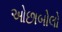
ઓછાબોલો